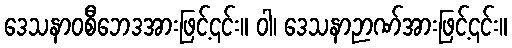
ဒေသနာဝစီဘေဒအားဖြင့်၎င်း။ ဝါ၊ ဒေသနာဉာဏ်အားဖြင့်၎င်း။